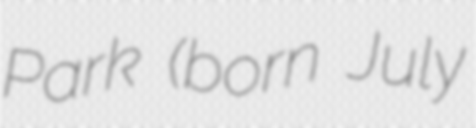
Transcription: Park (born July